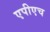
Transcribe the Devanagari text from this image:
एपीएच